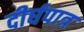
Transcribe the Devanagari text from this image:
दीर्घपात्र